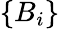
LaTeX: \left\{ B_{i}\right\}